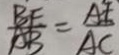
\frac { B F } { A B } = \frac { A E } { A C }